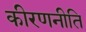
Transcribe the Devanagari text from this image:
कीरणनीति